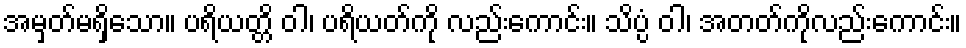
အမှတ်မရှိသော။ ပရိယတ္တိ ဝါ၊ ပရိယတ်ကို လည်းကောင်း။ သိပ္ပံ ဝါ၊ အတတ်ကိုလည်းကောင်း။